Vaccine operations Central Provinces 1900-1911 - 1900-1911
Year: 1900
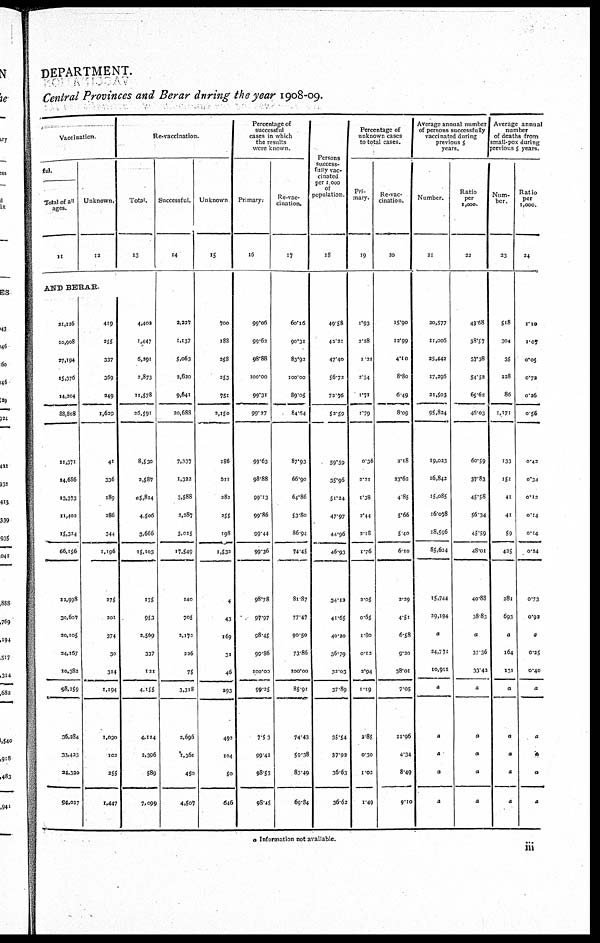
DEPARTMENT.
Central Provinces and Berar during the year 1908-09.
Vaccination
ful.
Total of all
ages.
11
Unknown.
12
AND BERAR.
21,126
10,908
27,194
15,376
14,204
88,808
11,371
14,686
13,373
11,402
15,324
66,156
12,998
30,607
20,105
24,167
10,382
98,259
36,284
33,423
24,320
94,027
419
255
337
369
349
1,629
41
336
189
386
344
1,196
275
201
374
30
314
1,194
1,090
102
255
1,447
Re-vaccination.
Total.
13
4,402
1,447
6,291
2,873
11,578
26,591
8,530
2,587
65,814
4,506
3,666
25,103
175
953
2,569
337
121
4,155
4,114
2,396
589
7,099
Successful.
14
2,229
1,137
5,063
2,620
9,641
20,688
7,131
1,322
3,588
2,287
3,015
17,549
140
705
2,172
226
75
3,318
2,696
1,361
450
4,507
Unknown
15
700
188
258
253
751
2,150
186
611
282
255
198
1,532
4
43
169
31
46
293
492
104
50
646
Percentage of
successful
cases in which
the results
were known.
Primary.
16
99.06
99.62
98.88
100.00
99.31
99.27
99.63
98.88
99.13
99.86
99.44
99.36
98.78
97.97
98.45
99.86
100.00
99.25
7.53
99.42
98.53
98.45
Re-vac¬
cination.
17
60.16
90.31
83.92
100.00
89.05
84.64
87.93
66.90
64.86
53.80
86.94
74.45
81.87
77.47
90.50
73.86
100.00
85.91
74.43
59.38
83.49
69.84
Persons
success¬
fully vac-
cinated
per 1,000
of
population
18
49.58
42.21
47.40
56.72
72.76
52.59
59.59
35.96
51.24
47.97
44.96
46.93
34.12
41.65
40.20
36.79
32.03
37.89
35.54
37.92
36.63
36.62
Percentage of
unknown cases
to total cases.
Pri-
mary.
19
1.93
2.28
1.21
2.34
1.71
1.79
0.36
2.21
1.38
2.44
2.18
1.76
2.05
0.65
1.80
0.12
2.94
1.19
2.85
0.30
1.02
1.49
Re-vac¬
cination.
20
15.90
12.99
4.10
8.80
6.49
8.09
2.18
23.62
4.85
5.66
5.40
6.10
2.29
4.51
6.58
9.20
38.01
7.05
11.96
4.34
8.49
9.10
Average annual number
of persons successfully
vaccinated during
previous 5
years.
Number.
21
20,577
11,006
25,442
17,296
21,503
93,824
19,023
16,842
15,085
16,078
18,596
85,624
15,744
39,194
a
24,771
10,911
a
a
a
a
a
Ratio
per
1,000.
22
43.68
38.57
37.38
54.52
65.62
46.03
60.59
37.83
45.58
56.34
45.59
48.01
40.88
38.83
a
37.36
33.42
a
a
a
a
a
Average annual
number
of deaths from
small-pox during
previous 5 years.
Num-
ber
23
518
304
35
228
86
1,171
133
151
41
41
59
435
281
693
a
164
131
a
a
a
a
a
Ratio
per
1,000.
24
1.10
1.07
0.05
0.72
0.26
0.56
0.42
0.34
0.12
0.14
0.14
0.24
0.73
0.92
a
0.25
0.40
a
a
a
a
a
a Information not available.
iii